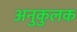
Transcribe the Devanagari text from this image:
अनुकुलक